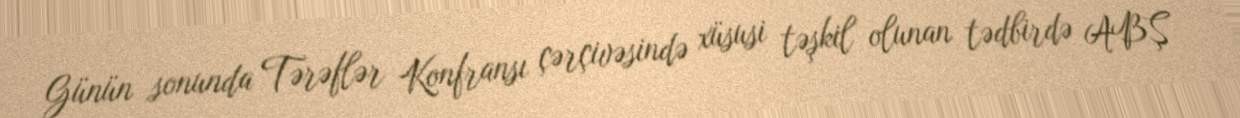
Günün sonunda Tərəflər Konfransı çərçivəsində xüsusi təşkil olunan tədbirdə ABŞ